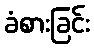
ခံစားခြင်း